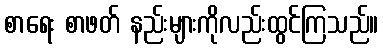
စာရေး စာဖတ် နည်းများကိုလည်းထွင်ကြသည်။